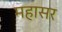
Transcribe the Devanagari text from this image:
महासर